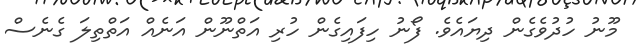
މޫނު ހުދުވެގެން ދިޔައެވެ. ފޯނު ހިފައިގެން ހުރި އަތްނޫން އަނެއް އަތްތިލަ ގެނެސް